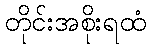
တိုင်းအစိုးရထံ